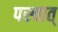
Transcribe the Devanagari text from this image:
पस्चात्